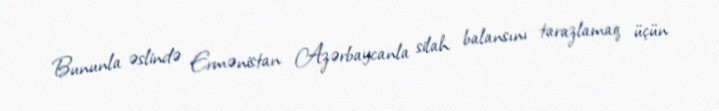
Bununla əslində Ermənistan Azərbaycanla silah balansını tarazlamaq üçün